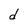
Character: d